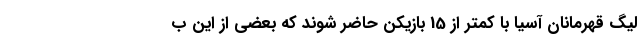
لیگ قهرمانان آسیا با کمتر از 15 بازیکن حاضر شوند که بعضی از این ب